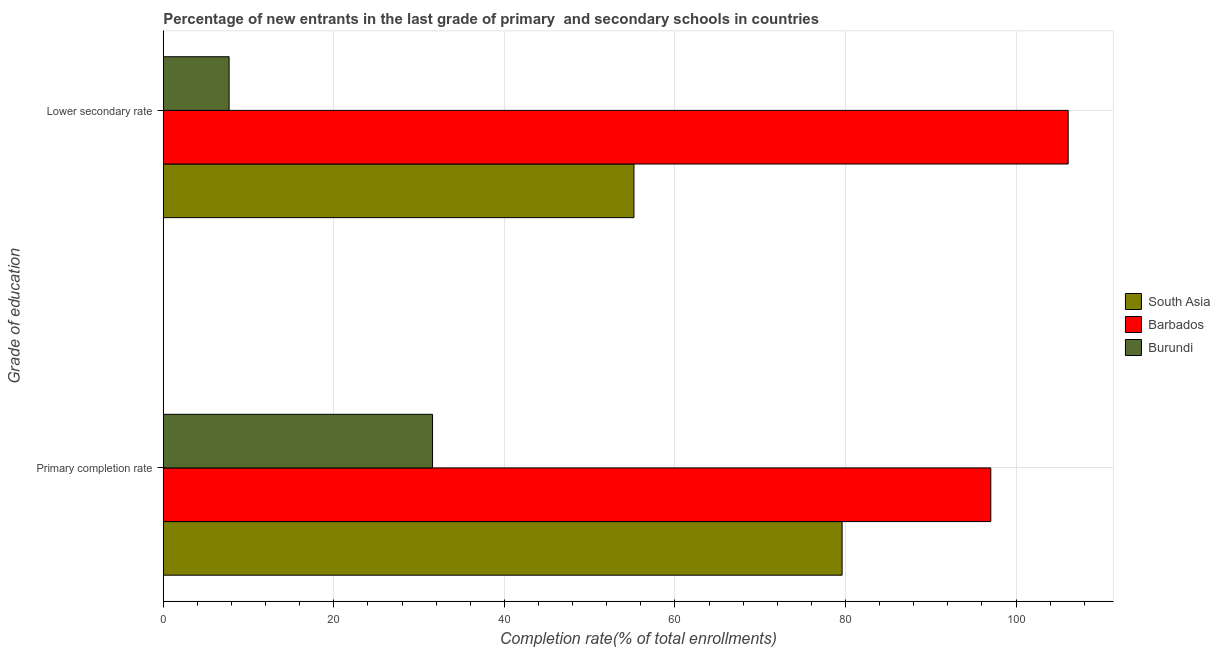
| Grade of education | South Asia | Barbados | Burundi |
 | --- | --- | --- | --- |
 | Primary completion rate | 79.6 | 97 | 31.6 |
 | Lower secondary rate | 55.2 | 106 | 7.72 |